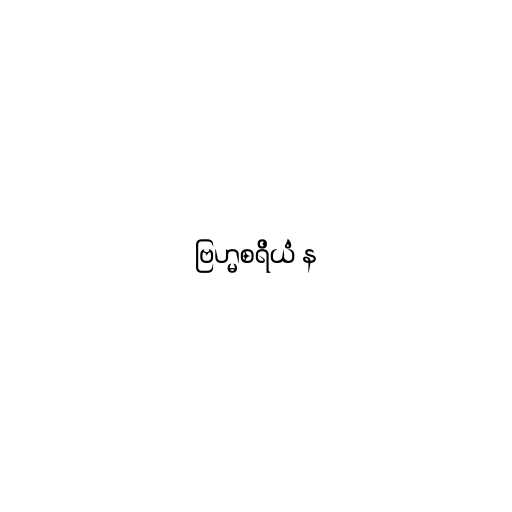
ဗြဟ္မစရိယံ န